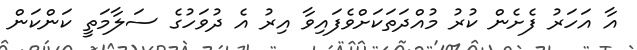
އާ އަހަރު ފެށެން ކުރު މުއްދަތަކަށްވެފައިވާ އިރު އެ ދުވަހުގެ ސަލާމަތީ ކަންކަން